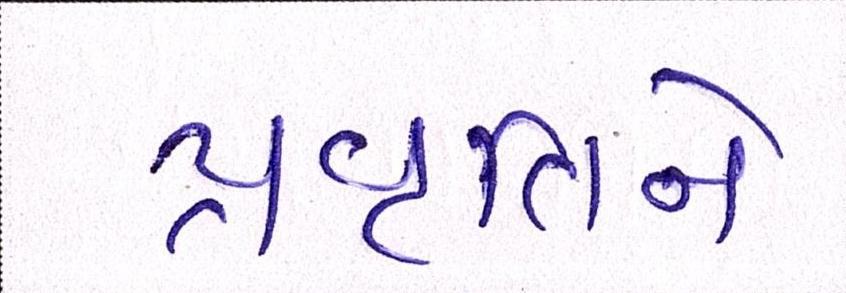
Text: પ્રવૃતિને